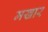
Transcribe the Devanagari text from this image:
मखार